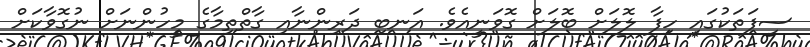
ސިފަތަކުގައި ހިފާ ލޮލަށް ބޮލަށް ގޮވަނީއެވެ. އަނބި ދަރިންނާއި ގާތްތިމާގެ މީހުންނަށް ނުގޮވާކަށް